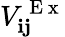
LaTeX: V_{\mathbf{ij}}^{\mathrm{~E~x~}}